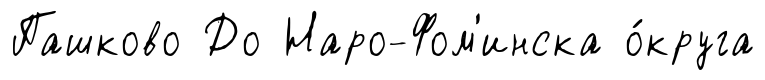
Пашково До Наро-Фом'инска о́круга